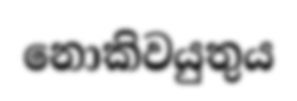
නොකිවයුතුය